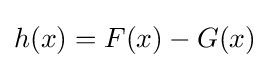
h(x)=F(x)-G(x)